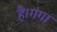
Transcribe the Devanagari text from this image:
है।गंगा